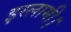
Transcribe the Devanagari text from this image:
इस्लामी।